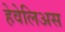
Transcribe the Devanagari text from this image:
हेवेलिअस